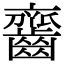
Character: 𪙔